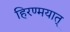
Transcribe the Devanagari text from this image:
हिरण्मयात्